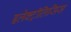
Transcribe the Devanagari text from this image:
इलेक्ट्रॉलिसिस